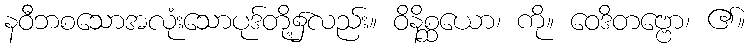
နဝီဘစသောအလုံးသောပုဒ်တို့၌လည်း။ ဝိနိစ္ဆယော၊ ကို။ ဝေဒိတဗ္ဗော၊ ၏။